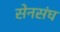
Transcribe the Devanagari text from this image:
सेनसंघ